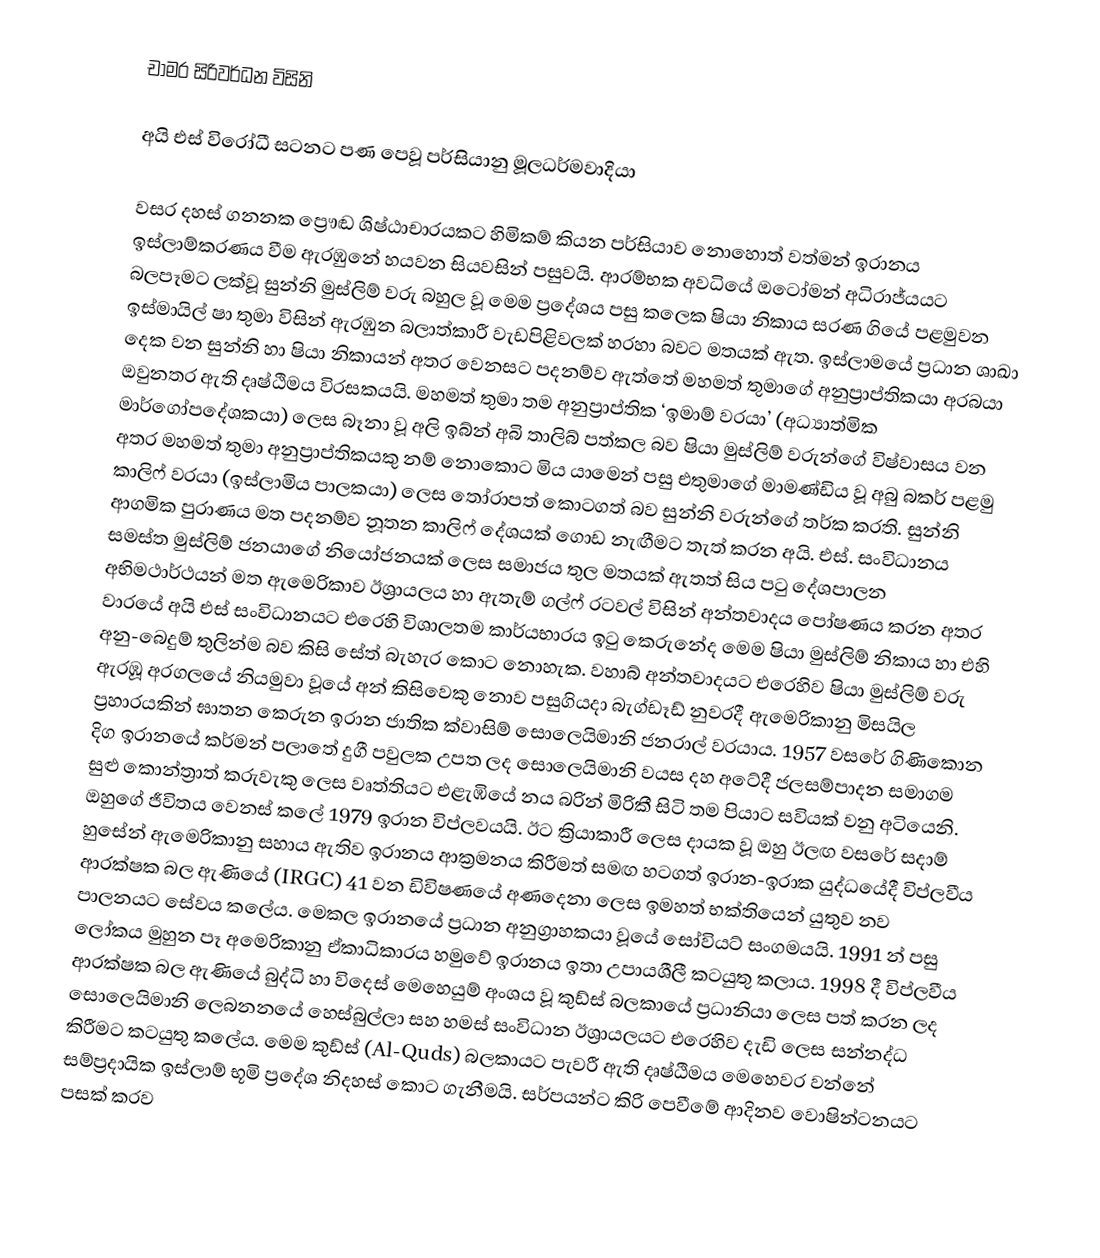
චාමර සිරිවර්ධන විසිනි

අයි එස් විරෝධී සටනට පණ පෙවූ පර්සියානු මූලධර්මවාදියා

වසර දහස් ගනනක ප්‍රෞඬ ශිෂ්ඨාචාරයකට හිමිකම් කියන පර්සියාව නොහොත් වත්මන් ඉරානය ඉස්ලාම්කරණය වීම ඇරඹුනේ හයවන සියවසින් පසුවයි. ආරම්භක අවධියේ ඔටෝමන් අධිරාජ්යයට බලපෑමට ලක්වූ සුන්නි මුස්ලිම් වරු බහුල වූ මෙම ප්‍රදේශය පසු කලෙක ෂියා නිකාය සරණ ගියේ පළමුවන ඉස්මායිල් ෂා තුමා විසින් ඇරඹුන බලාත්කාරී වැඩපිළිවලක් හරහා බවට මතයක් ඇත. ඉස්ලාමයේ ප්‍රධාන ශාඛා දෙක වන සුන්නි හා ෂියා නිකායන් අතර වෙනසට පදනම්ව ඇත්තේ මහමත් තුමාගේ අනුප්‍රාප්තිකයා අරබයා ඔවුනතර ඇති දෘෂ්ඨිමය විරසකයයි. මහමත් තුමා තම අනුප්‍රාප්තික ‘ඉමාම් වරයා’ (අධ්‍යාත්මික මාර්ගෝපදේශකයා) ලෙස බෑනා වූ අලි ඉබ්න් අබි තාලිබ් පත්කල බව ෂියා මුස්ලිම් වරුන්ගේ විෂ්වාසය වන අතර මහමත් තුමා අනුප්‍රාප්තිකයකු නම් නොකොට මිය යාමෙන් පසු එතුමාගේ මාමණ්ඩිය වූ අබු බකර් පළමු කාලිෆ් වරයා (ඉස්ලාමිය පාලකයා) ලෙස තෝරාපත් කොටගත් බව සුන්නි වරුන්ගේ තර්ක කරති. සුන්නි ආගමික පුරාණය මත පදනම්ව නූතන කාලිෆ් දේශයක් ගොඩ නැඟීමට තැත් කරන අයි. එස්. සංවිධානය සමස්ත මුස්ලිම් ජනයාගේ නියෝජනයක් ලෙස සමාජය තුල මතයක් ඇතත් සිය පටු දේශපාලන අභිමථාර්ථයන් මත ඇමෙරිකාව ඊශ්‍රායලය හා ඇතැම් ගල්ෆ් රටවල් විසින් අන්තවාදය පෝෂණය කරන අතර වාරයේ අයි එස් සංවිධානයට එරෙහි විශාලතම කාර්යභාරය ඉටු කෙරුනේද මෙම ෂියා මුස්ලිම් නිකාය හා එහි අනු-බෙදුම් තුලින්ම බව කිසි සේත් බැහැර කොට නොහැක. වහාබ් අන්තවාදයට එරෙහිව ෂියා මුස්ලිම් වරු ඇරඹූ අරගලයේ නියමුවා වූයේ අන් කිසිවෙකු නොව පසුගියදා බැග්ඩෑඩ් නුවරදී ඇමෙරිකානු මිසයිල ප්‍රහාරයකින් ඝාතන කෙරුන ඉරාන ජාතික ක්වාසිම් සොලෙයිමානි ජනරාල් වරයාය. 1957 වසරේ ගිණිකොන දිග ඉරානයේ කර්මන් පලාතේ දුගී පවුලක උපත ලද සොලෙයිමානි වයස දහ අටේදී ජලසම්පාදන සමාගම සුළු කොන්ත්‍රාත් කරුවැකු ලෙස වෘත්තියට එළැඹියේ නය බරින් මිරිකී සිටි තම පියාට සවියක් වනු අටියෙනි. ඔහුගේ ජීවිතය වෙනස් කලේ 1979 ඉරාන විප්ලවයයි. ඊට ක්‍රියාකාරී ලෙස දායක වූ ඔහු ඊලඟ වසරේ සදාම් හුසේන් ඇමෙරිකානු සහාය ඇතිව ඉරානය ආක්‍රමනය කිරීමත් සමඟ හටගත් ඉරාන-ඉරාක යුද්ධයේදී විප්ලවීය ආරක්ෂක බල ඇණියේ (IRGC) 41 වන ඩිවිෂණයේ අණදෙනා ලෙස ඉමහත් භක්තියෙන් යුතුව නව පාලනයට සේවය කලේය. මෙකල ඉරානයේ ප්‍රධාන අනුග්‍රාහකයා වූයේ සෝවියට් සංගමයයි. 1991 න් පසු ලෝකය මුහුන පෑ අමෙරිකානු ඒකාධිකාරය හමුවේ ඉරානය ඉතා උපායශීලී කටයුතු කලාය. 1998 දී විප්ලවීය ආරක්ෂක බල ඇණියේ බුද්ධි හා විදෙස් මෙහෙයුම් අංශය වූ කුඩ්ස් බලකායේ ප්‍රධානියා ලෙස පත් කරන ලද සොලෙයිමානි ලෙබනනයේ හෙස්බුල්ලා සහ හමස් සංවිධාන ඊශ්‍රායලයට එරෙහිව දැඩි ලෙස සන්නද්ධ කිරීමට කටයුතු කලේය. මෙම කුඩ්ස් (Al-Quds) බලකායට පැවරී ඇති දෘෂ්ඨිමය මෙහෙවර වන්නේ සම්ප්‍රදායික ඉස්ලාම් භූමි ප්‍රදේශ නිදහස් කොට ගැනීමයි. සර්පයන්ට කිරි පෙවීමේ ආදිනව වොෂින්ටනයට පසක් කරව